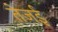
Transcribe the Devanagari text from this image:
तेजई